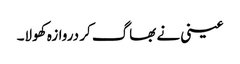
عینی نے بھاگ کر دروازہ کھولا۔